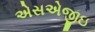
એસએજીઇ